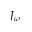
J _ { \omega }